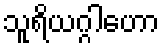
သူရိယဂ္ဂါဟော